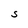
Character: S